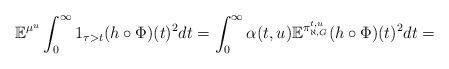
LaTeX: \begin{align*}\mathbb{E}^{\mu^u} \int^\infty_0 1_{\tau>t}( h\circ \Phi)(t)^2 dt=\int^\infty_0 \alpha(t,u) \mathbb{E}^{\pi^{t,u}_{\aleph,G}} (h\circ \Phi)(t)^2 dt=\end{align*}